Annual report of the Imperial Bacteriological Laboratory, Muktesar
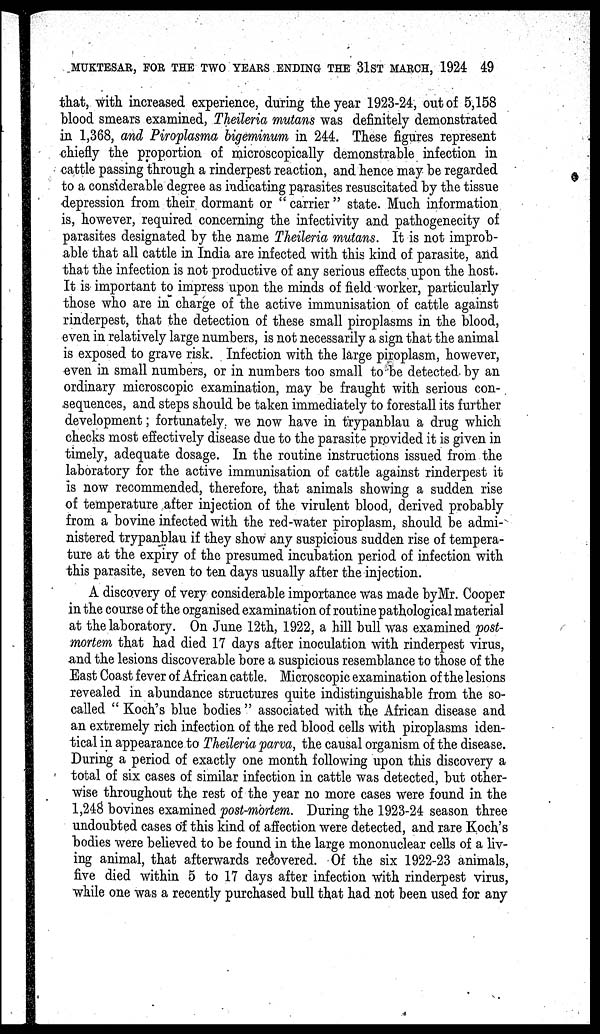
MUKTESAR, FOR THE TWO YEARS ENDING THE 31ST MARCH, 1924 49
that, with increased experience, during the year 1923-24, out of 5,158
blood smears examined, Theileria mutans was definitely demonstrated
in 1,368, and Piroplasma bigeminum in 244. These figures represent
chiefly the proportion of microscopically demonstrable infection in
cattle passing through a rinderpest reaction, and hence may be regarded
to a considerable degree as indicating parasites resuscitated by the tissue
depression from their dormant or " carrier " state. Much information
is, however, required concerning the infectivity and pathogenecity of
parasites designated by the name Theileria mutans. It is not improb-
able that all cattle in India are infected with this kind of. parasite, and
that the infection is not productive of any serious effects upon the host.
It is important to impress upon the minds of field worker, particularly
those who are in charge of the active immunisation of cattle against
rinderpest, that the detection of these small piroplasms in the blood,
even in relatively large numbers, is not necessarily a sign that the animal
is exposed to grave risk. Infection with the large piroplasm, however,
even in small numbers, or in numbers too small to be detected, by an
ordinary microscopic examination, may be fraught with serious con-
sequences, and steps should be taken immediately to forestall its further
development; fortunately, we now have in trypanblau a drug which
checks most effectively disease due to the parasite provided it is given in
timely, adequate dosage. In the routine instructions issued from the
laboratory for the active immunisation of cattle against rinderpest it
is now recommended, therefore, that animals showing a sudden rise
of temperature after injection of the virulent blood, derived probably
from a bovine infected with the red-water piroplasm, should be admi-
nistered trypanblau if they show any suspicious sudden rise of tempera-
ture at the expiry of the presumed incubation period of infection with
this parasite, seven to ten days usually after the injection.
A discovery of very considerable importance was made by Mr. Cooper
in the course of the organised examination of routine pathological material
at the laboratory. On June 12th, 1922, a hill bull was examined post-
mortem that had died 17 days after inoculation with rinderpest virus,
and the lesions discoverable bore a suspicious resemblance to those of the
East Coast fever of African cattle. Microscopic examination of the lesions
revealed in abundance structures quite indistinguishable from the so-
called " Koch's blue bodies " associated with the African disease and
an extremely rich infection of the red blood cells with piroplasms iden-
tical in appearance to Theileria parva, the causal organism of the disease.
During a period of exactly one month following upon this discovery a
total of six cases of similar infection in cattle was detected, but other-
wise throughout the rest of the year no more cases were found in the
1,248 bovines examined post-mortem. During the 1923-24 season three
undoubted cases of this kind of affection were detected, and rare Koch's
bodies were believed to be found in the large mononuclear cells of a liv-
ing animal, that afterwards recovered. Of the six 1922-23 animals,
five died within 5 to 17 days after infection with rinderpest virus,
while one was a recently purchased bull that had not been used for any